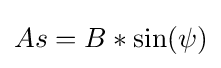
As=B*\sin(\psi )